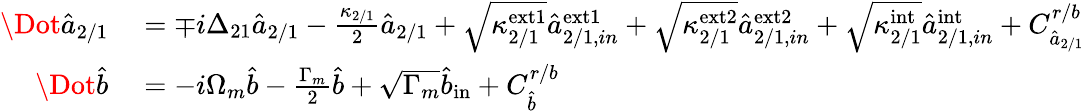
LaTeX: \begin{array}{rl}{\Dot{\hat{a}}_{2/1}}&{{}=\mp i\Delta_{21}\hat{a}_{2/1}-\frac{\kappa_{2/1}}{2}\hat{a}_{2/1}+\sqrt{\kappa_{2/1}^{\mathrm{ext1}}}\hat{a}_{2/1,in}^{\mathrm{ext1}}+\sqrt{\kappa_{2/1}^{\mathrm{ext2}}}\hat{a}_{2/1,in}^{\mathrm{ext2}}+\sqrt{\kappa_{2/1}^{\mathrm{int}}}\hat{a}_{2/1,in}^{\mathrm{int}}+C_{\hat{a}_{2/1}}^{r/b}}\\ {\Dot{\hat{b}}}&{{}=-i\Omega_{m}\hat{b}-\frac{\Gamma_{m}}{2}\hat{b}+\sqrt{\Gamma_{m}}\hat{b}_{\mathrm{in}}+C_{\hat{b}}^{r/b}}\end{array}